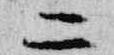
二